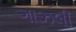
ગાઝલી